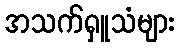
အသက်ရှူသံများ